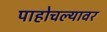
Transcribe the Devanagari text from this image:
पाहोचल्यावर